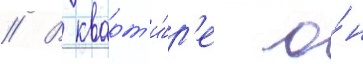
// В кварт'и́р'е о́н